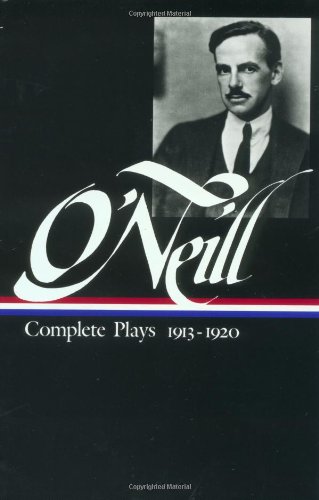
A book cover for Eugene O'Neill : Complete Plays 1913-1920 (Library of America); Eugene O'Neill; Literature & Fiction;